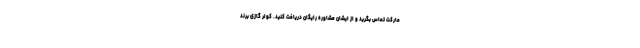
مارکت تماس بگرید و از ایشان مشاوره رایگان دریافت کنید. کولر گازی برند